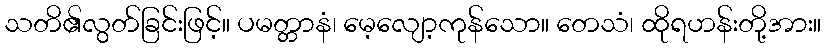
သတိ၏လွတ်ခြင်းဖြင့်။ ပမတ္တာနံ၊ မေ့လျော့ကုန်သော။ တေသံ၊ ထိုရဟန်းတို့အား။